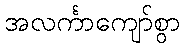
အလင်္ကာကျော်စွာ